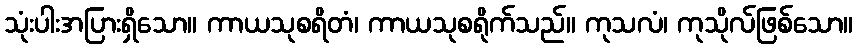
သုံးပါးအပြားရှိသော။ ကာယသုစရိတံ၊ ကာယသုစရိုက်သည်။ ကုသလံ၊ ကုသိုလ်ဖြစ်သော။